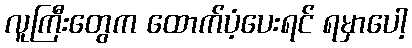
လူကြီးတွေက ထောက်ပံ့ပေးရင် ရမှာပေါ့